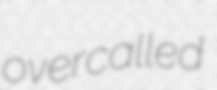
overcalled